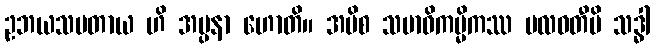
ဥဘယသမတာယ ဟိ အပ္ပနာ ဟောတိ။ အပိစ သမာဓိကမ္မိကဿ ဗလဝတီပိ သဒ္ဓါ